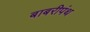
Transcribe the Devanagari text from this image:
बाबरीपंथ